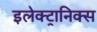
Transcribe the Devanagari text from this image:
इलेक्ट्रानिक्स